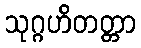
သုဂ္ဂဟိတတ္တာ